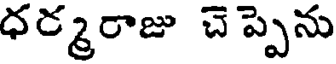
ధర్మరాజు చెప్పెను